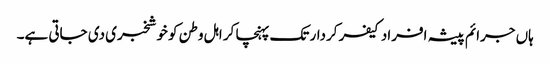
ہاں جرائم پیشہ افراد کیفر کردار تک پہنچا کر اہل وطن کو خوشخبری دی جاتی ہے۔